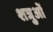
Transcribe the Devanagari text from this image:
शत्रुओें